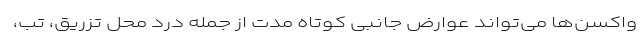
واکسن‌ها می‌تواند عوارض جانبی کوتاه مدت از جمله درد محل تزریق، تب،